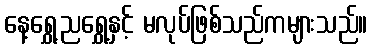
နေ့ရွှေ့ညရွှေ့နှင့် မလုပ်ဖြစ်သည်ကများသည်။